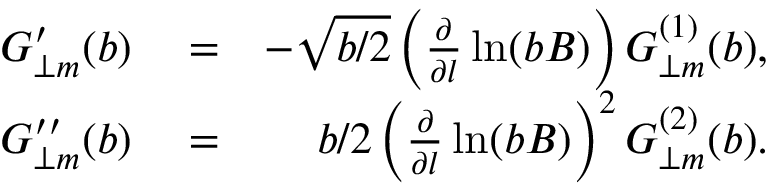
\begin{array} { r l r } { G _ { \perp m } ^ { \prime } ( b ) } & { { } = } & { - \sqrt { b / 2 } \left( \frac { \partial } { \partial l } \ln ( b B ) \right) G _ { \perp m } ^ { ( 1 ) } ( b ) , } \\ { G _ { \perp m } ^ { \prime \prime } ( b ) } & { { } = } & { b / 2 \left( \frac { \partial } { \partial l } \ln ( b B ) \right) ^ { 2 } G _ { \perp m } ^ { ( 2 ) } ( b ) . } \end{array}